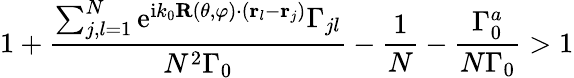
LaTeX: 1+\frac{\sum_{j,l=1}^{N}\mathrm{e}^{\mathrm{i}k_{0}\mathbf{R}(\theta,\varphi)\cdot({\mathbf r}_{l}-{\mathbf r}_{j})}\Gamma_{jl}}{N^{2}\Gamma_{0}}-\frac{1}{N}-\frac{\Gamma_{0}^{a}}{N\Gamma_{0}}>1